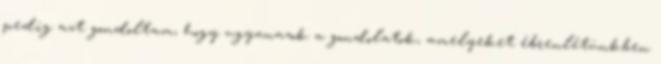
pedig azt gondoltam, hogy ugyanazok a gondolatok, amelyeket ébrenlétünkben